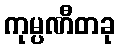
ကုမ္ပဏီတခု